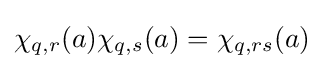
\chi _{q,r}(a)\chi _{q,s}(a)=\chi _{q,rs}(a)